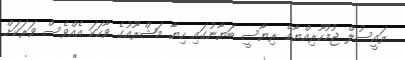
ރައީސުލް ޖުމުހޫރިއްޔާގެ ރިޔާސީ ބަޔާނުގައި ހިޔާ މަޝްރޫއުގެ ވާހަކަ އެއްވެސް ވަރަކަށް